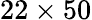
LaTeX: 22\times 50